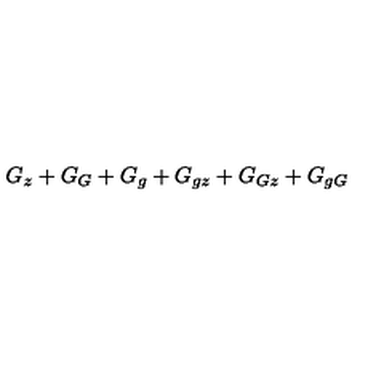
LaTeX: G _ { z } + G _ { G } + G _ { g } + G _ { g z } + G _ { G z } + G _ { g G }